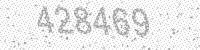
Solution: 428469